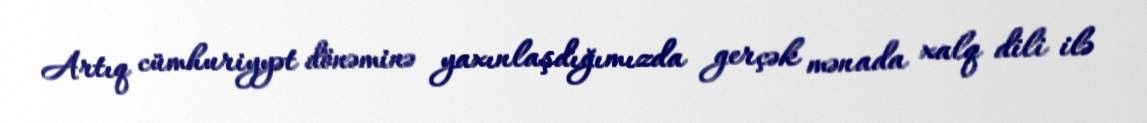
Artıq cümhuriyyət dönəminə yaxınlaşdığımızda gerçək mənada xalq dili ilə